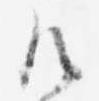
御